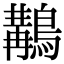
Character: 𪃺